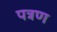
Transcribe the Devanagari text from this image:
पत्रण